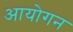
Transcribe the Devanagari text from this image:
आयोगन